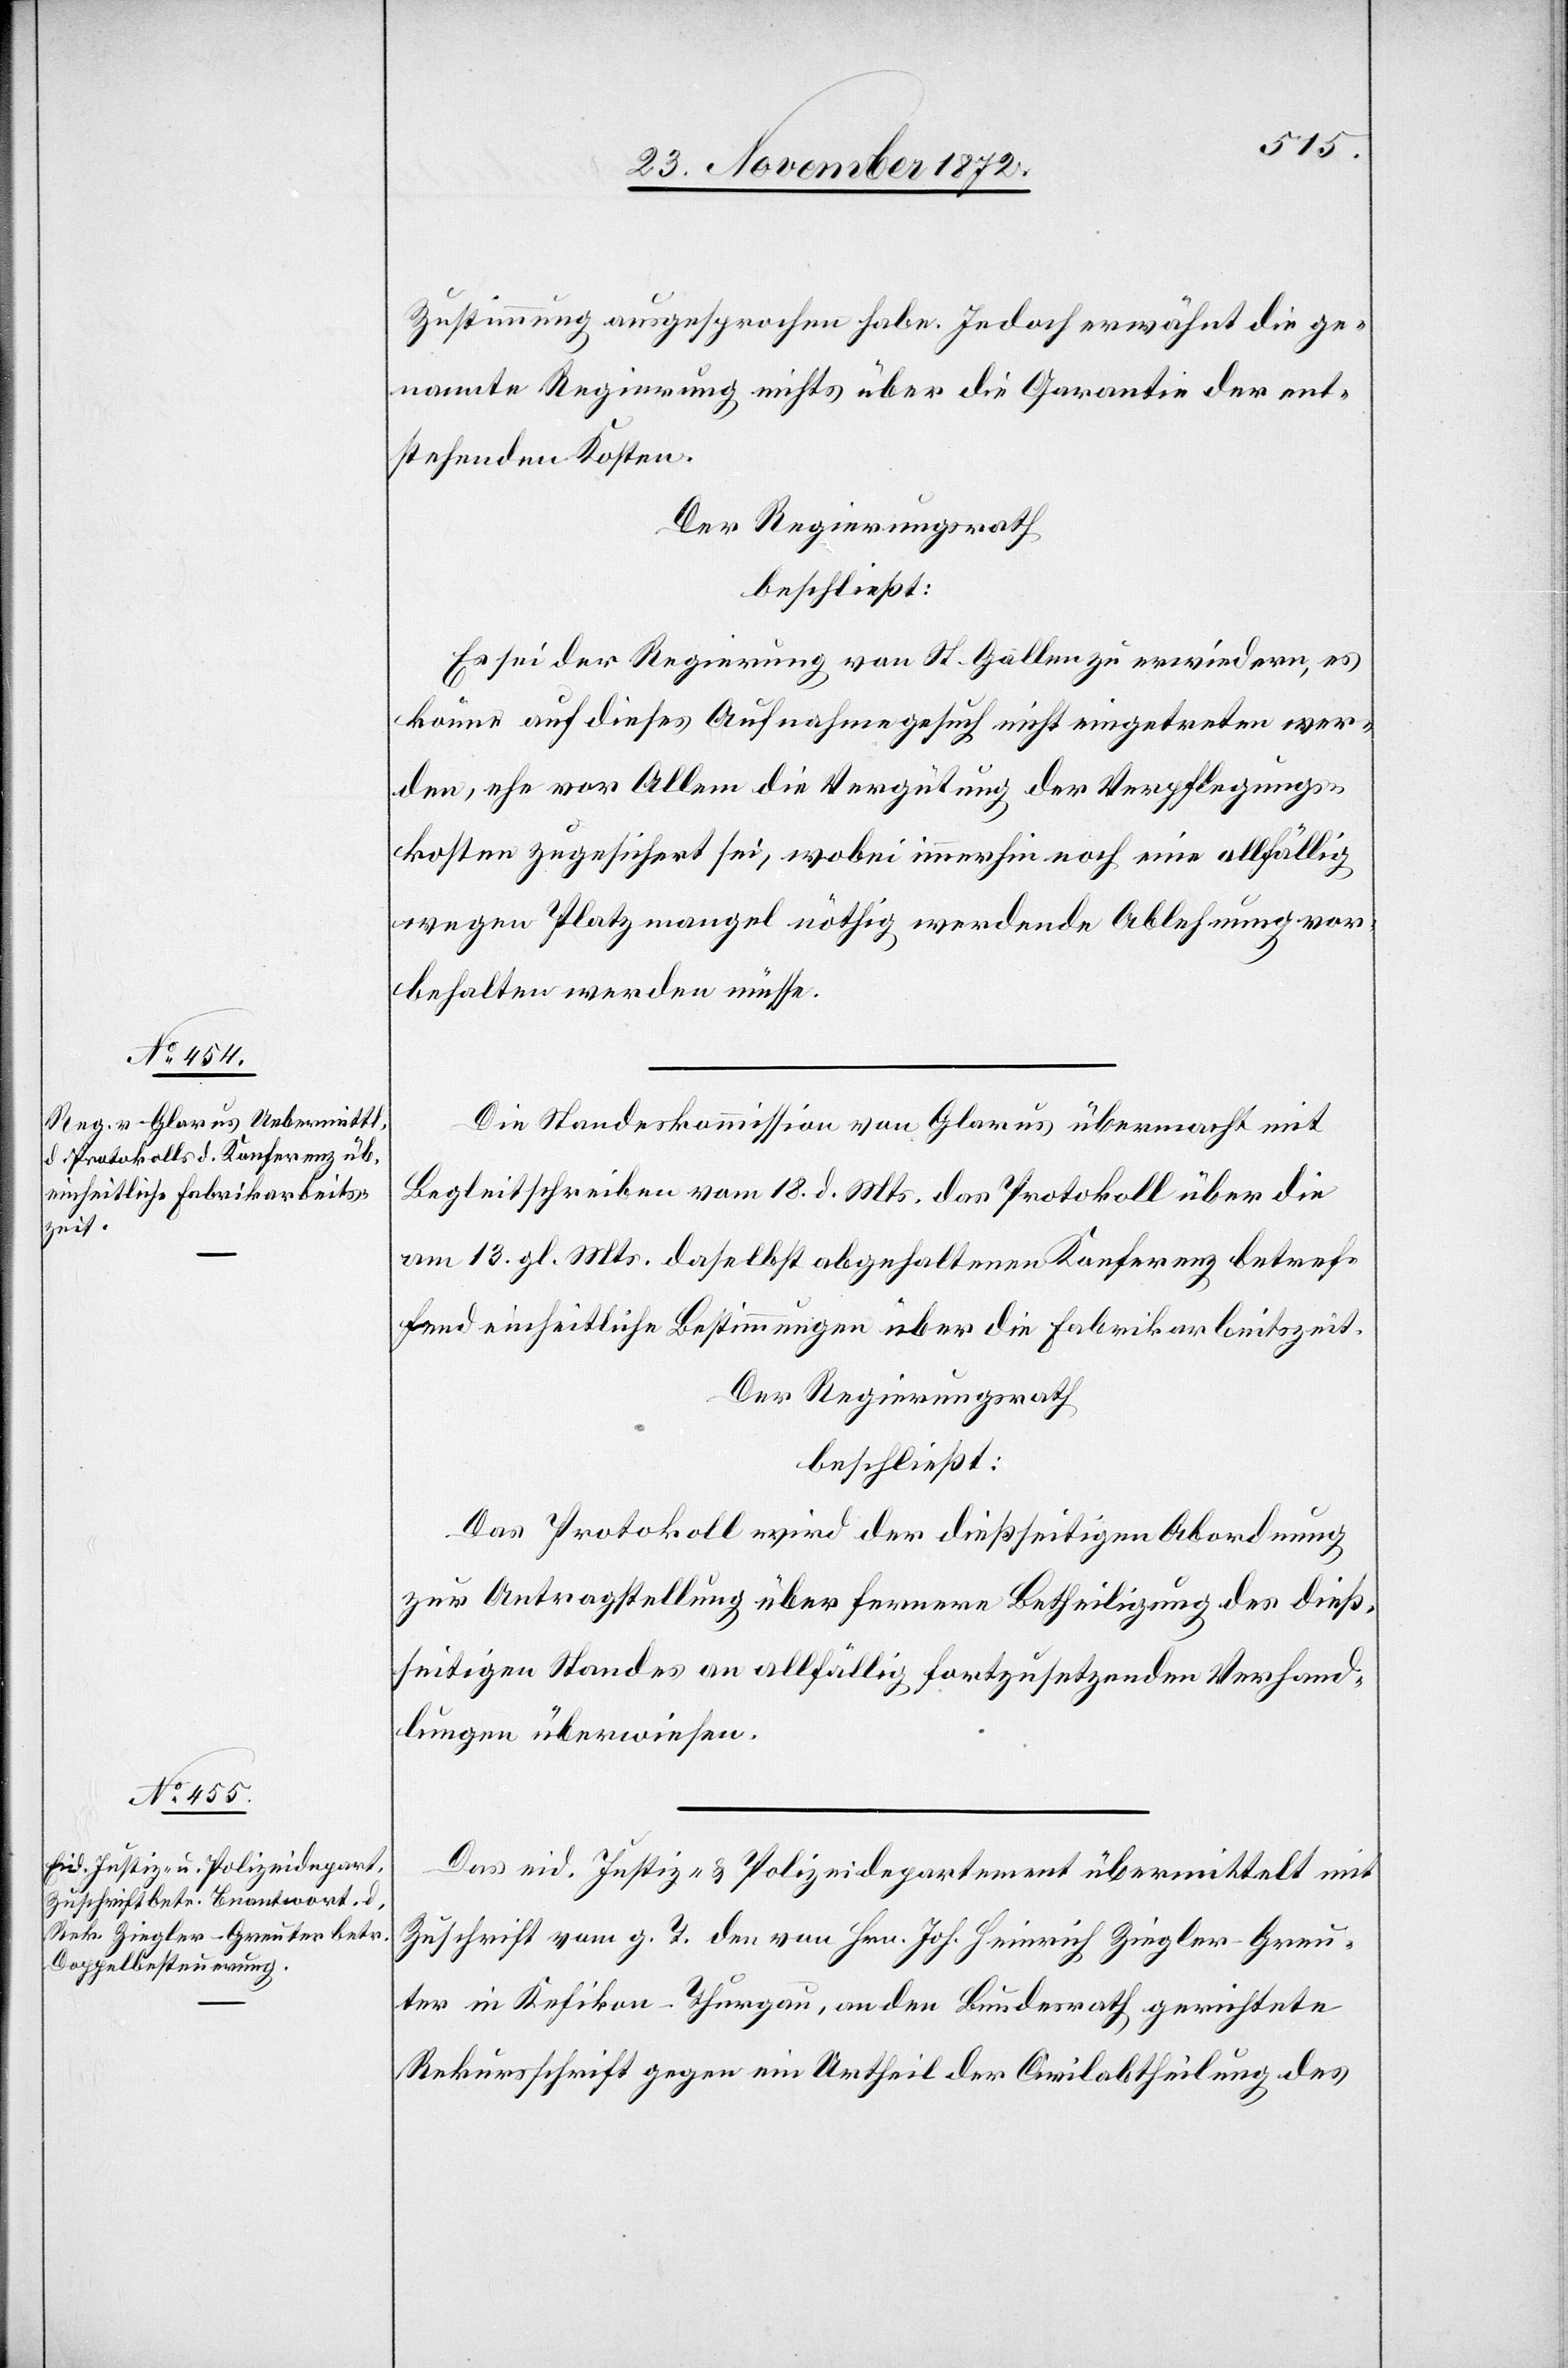
Zustimmung ausgesprochen habe. Jedoch erwähnt die ge¬
nannte Regierung nichts über die Garantie der ent¬
stehenden Kosten.
Der Regierungsrath
beschließt:
Es sei der Regierung von St. Gallen zu erwiedern, es
könne auf dieses Aufnahmegesuch nicht eingetreten wer¬
den, ehe vor Allem die Vergütung der Verpflegungs¬
kosten zugesichert sei, wobei immerhin noch eine allfällig
wegen Platzmangel nöthig werdende Ablehnung vor¬
behalten werden müsse.
Die Standeskommission von Glarus übermacht mit
Begleitschreiben vom 18. d. Mts. das Protokoll über die
am 13. gl. Mts. daselbst abgehaltenen Konferenz betref¬
fend einheitliche Bestimmungen über die Fabrikarbeitszeit.
Der Regierungsrath
beschließt:
Das Protokoll wird der dießseitigen Abordnung
zur Antragstellung über fernere Betheiligung des dieß¬
seitigen Standes an allfällig fortzusetzenden Verhand¬
lungen überwiesen.
Das eid. Justiz- u. Polizeidepartement übermittelt mit
Zuschrift vom g. T. die von Hrn. Joh. Heinrich Ziegler-Greu¬
ter in Kefikon-Thurgau, an den Bundesrath gerichtete
Rekursschrift gegen ein Urtheil der Civilabtheilung des